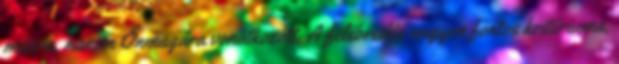
másra, hanem Önmagára vonatkozott. A felébredés nagyon fontos kritériuma,